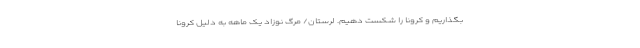
بگذاریم و کرونا را شکست دهیم. لرستان/ مرگ نوزاد یک ماهه به دلیل کرونا